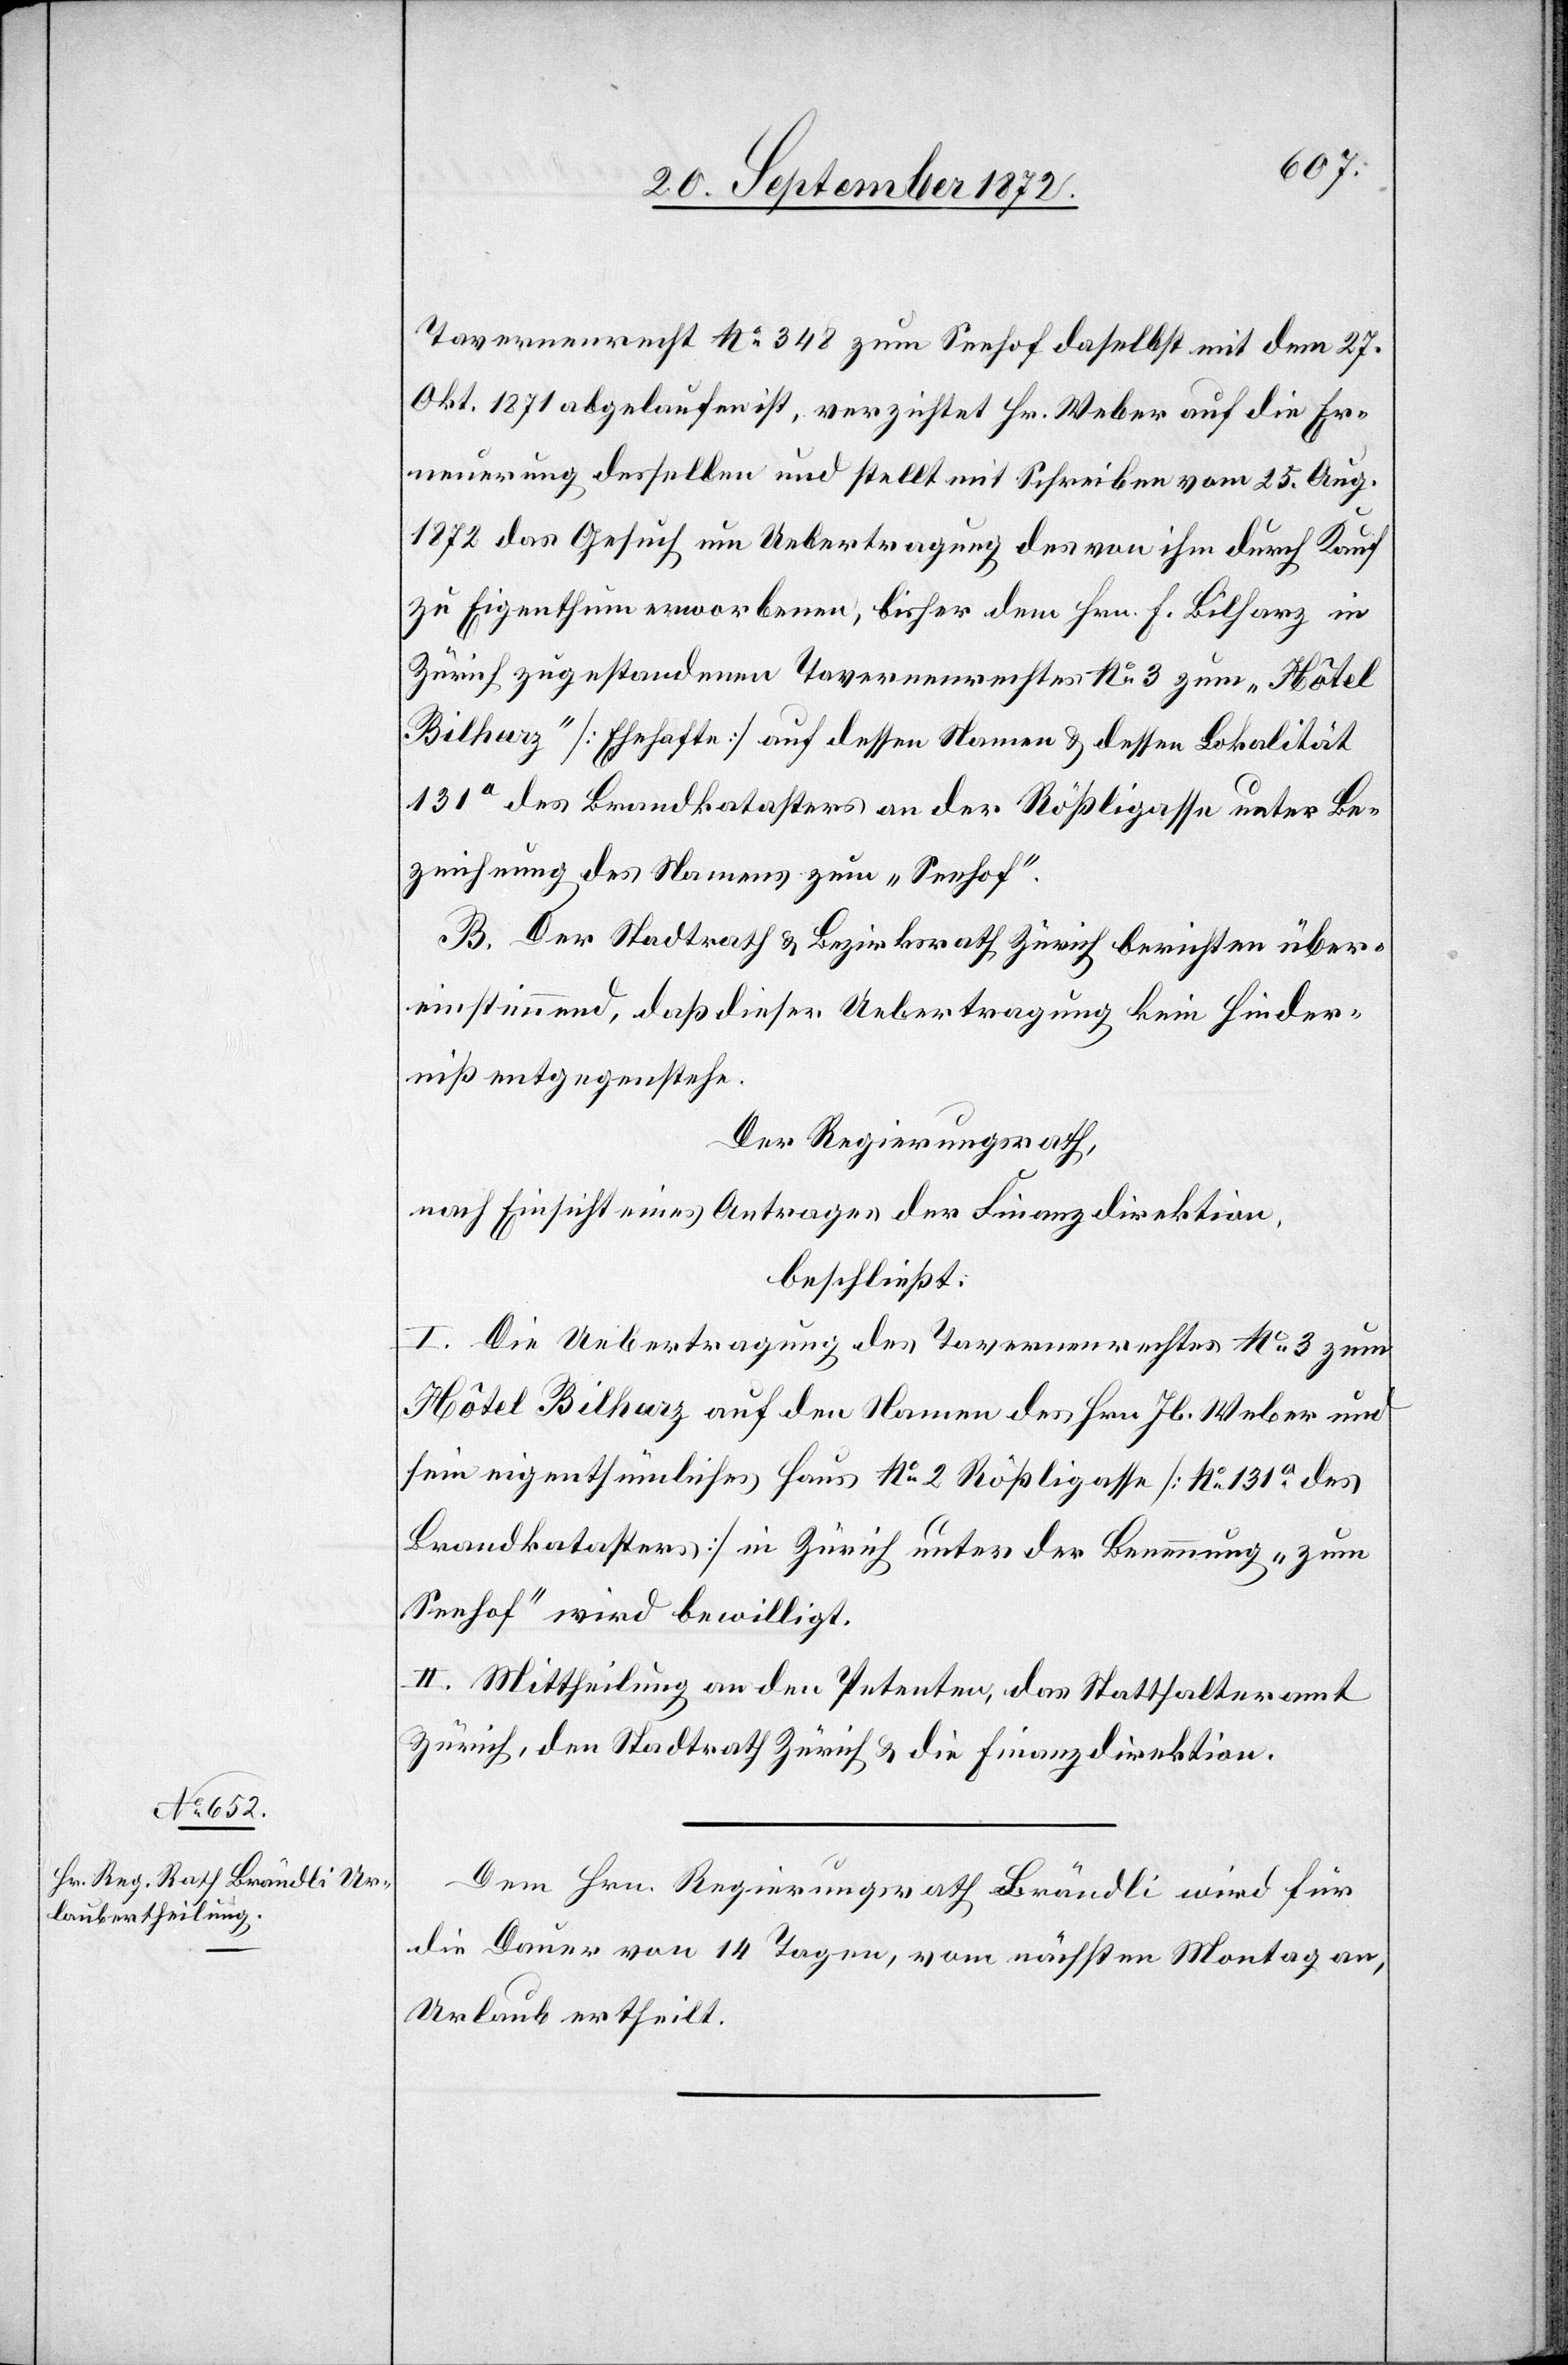
Tavernenrecht No 348 zum Seehof daselbst mit dem 27.
Okt. 1871 abgelaufen ist, verzichtet Hr. Weber auf die Er¬
neuerung desselben und stellt mit Schreiben vom 25. Aug.
1872 das Gesuch um Uebertragung des von ihm durch Kauf
zu Eigenthum erworbenen, bisher dem Hrn. F. Bilharz in
Zürich zugestandenen Tavernenrechtes No 3 zum „Hôtel
Bilharz“ [Ehehafte] auf dessen Namen u. dessen Lokalität
131a des Brandkatasters an der Rößligasse unter Be¬
zeichnung des Namens zum „Seehof“.
B. Der Stadtrath u. Bezirksrath Zürich berichten über¬
einstimmend, daß dieser Uebertragung kein Hinder¬
niß entgegenstehe.
Der Regierungsrath,
nach Einsicht eines Antrages der Finanzdirektion,
beschließt:
I. Die Uebertragung des Tavernenrechtes No 3 zum
Hôtel Bilharz auf den Namen des Hrn. Jb. Weber und
sein eigenthümliches Haus No 2 Rößligasse [No 131a des
Brandkatasters] in Zürich unter der Benennung „zum
Seehof“ wird bewilligt.
II. Mittheilung an den Petenten, das Statthalteramt
Zürich, den Stadtrath Zürich u. die Finanzdirektion.
Dem Hrn. Regierungsrath Brändli wird für
die Dauer von 14 Tagen, vom nächsten Montag an,
Urlaub ertheilt.